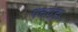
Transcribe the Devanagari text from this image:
पचपेड़ा